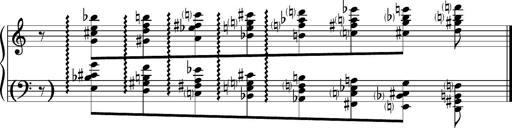
Title: Album-Leaf 'PrÃ©lude Omnitonique', S.166e
Composer: Franz Liszt